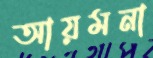
আয়মনা